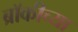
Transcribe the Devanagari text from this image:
ब्रॉकीच्या